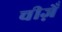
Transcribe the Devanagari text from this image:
चीज़ेँ